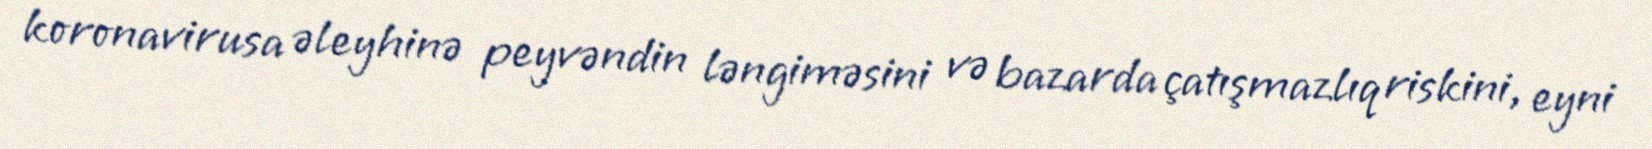
koronavirusa əleyhinə peyvəndin ləngiməsini və bazarda çatışmazlıq riskini, eyni